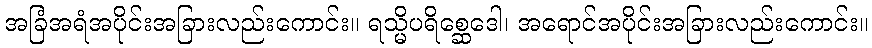
အခြံအရံအပိုင်းအခြားလည်းကောင်း။ ရသ္မိပရိစ္ဆေဒေါ၊ အရောင်အပိုင်းအခြားလည်းကောင်း။